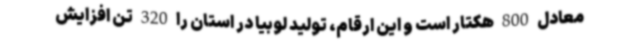
معادل 800 هکتار است و این ارقام، تولید لوبیا در استان را 320 تن افزایش